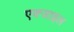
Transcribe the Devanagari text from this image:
एक्जाइल